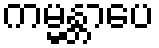
ကမ္မန္တာပေ